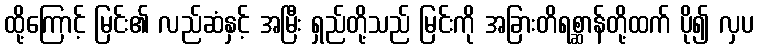
ထို့ကြောင့် မြင်း၏ လည်ဆံနှင့် အမြီး ရှည်တို့သည် မြင်းကို အခြားတိရစ္ဆာန်တို့ထက် ပို၍ လှပ